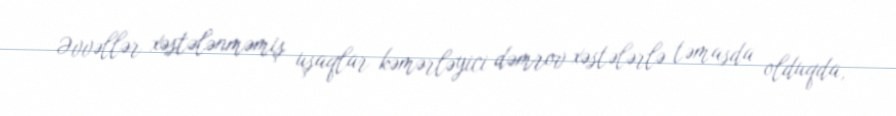
Əvvəllər xəstələnməmiş uşaqlar kəmərləyici dəmrov xəstələrlə təmasda olduqda,